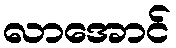
လာအောင်